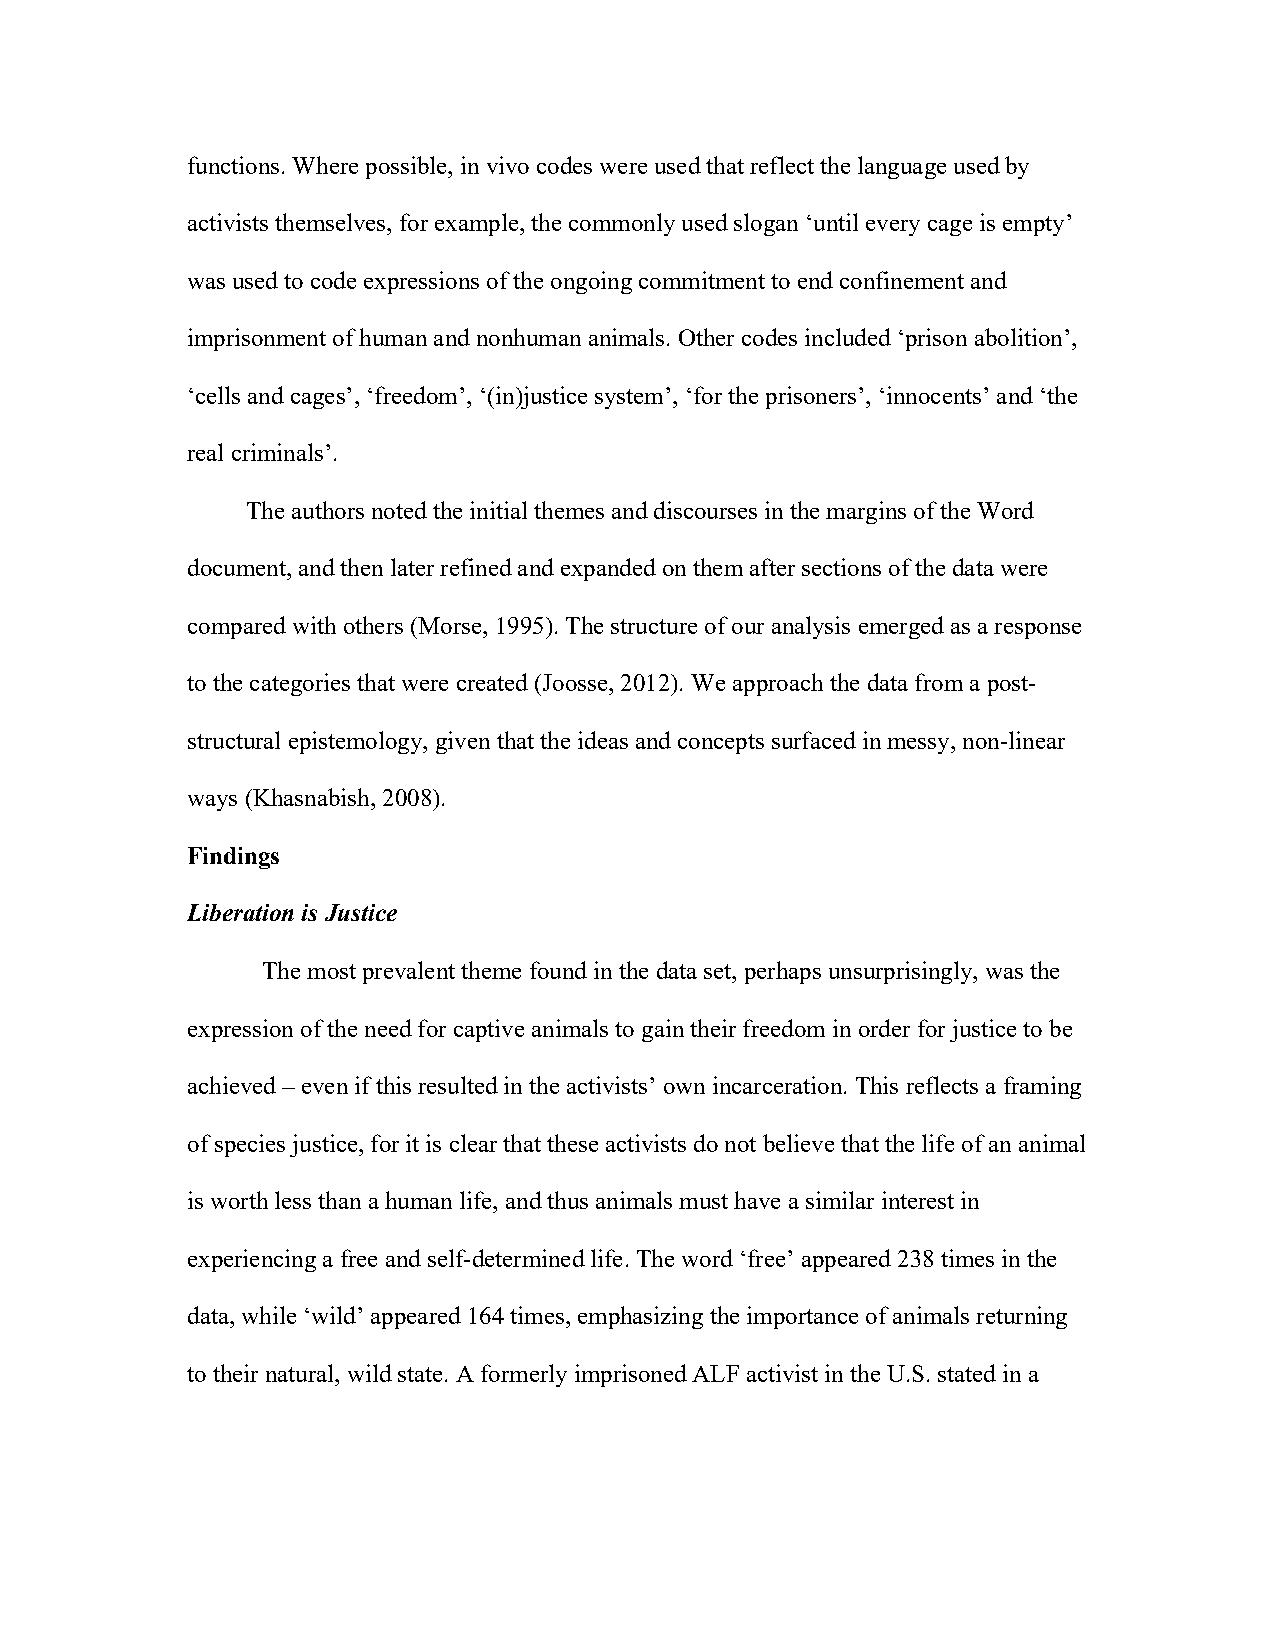
functions. Where possible, in vivo codes were used that reflect the language used by
 activists themselves, for example, the commonly used slogan ‘until every cage is empty’
 was used to code expressions of the ongoing commitment to end confinement and
 imprisonment of human and nonhuman animals. Other codes included ‘prison abolition’,
 ‘cells and cages’, ‘freedom’, ‘(in)justice system’, ‘for the prisoners’, ‘innocents’ and ‘the
 real criminals’.
 The authors noted the initial themes and discourses in the margins of the Word
 document, and then later refined and expanded on them after sections of the data were
 compared with others (Morse, 1995). The structure of our analysis emerged as a response
 to the categories that were created (Joosse, 2012). We approach the data from a post-
 structural epistemology, given that the ideas and concepts surfaced in messy, non-linear
 ways (Khasnabish, 2008).
 Findings
 Liberation is Justice
 The most prevalent theme found in the data set, perhaps unsurprisingly, was the
 expression of the need for captive animals to gain their freedom in order for justice to be
 achieved – even if this resulted in the activists’ own incarceration. This reflects a framing
 of species justice, for it is clear that these activists do not believe that the life of an animal
 is worth less than a human life, and thus animals must have a similar interest in
 experiencing a free and self-determined life. The word ‘free’ appeared 238 times in the
 data, while ‘wild’ appeared 164 times, emphasizing the importance of animals returning
 to their natural, wild state. A formerly imprisoned ALF activist in the U.S. stated in a